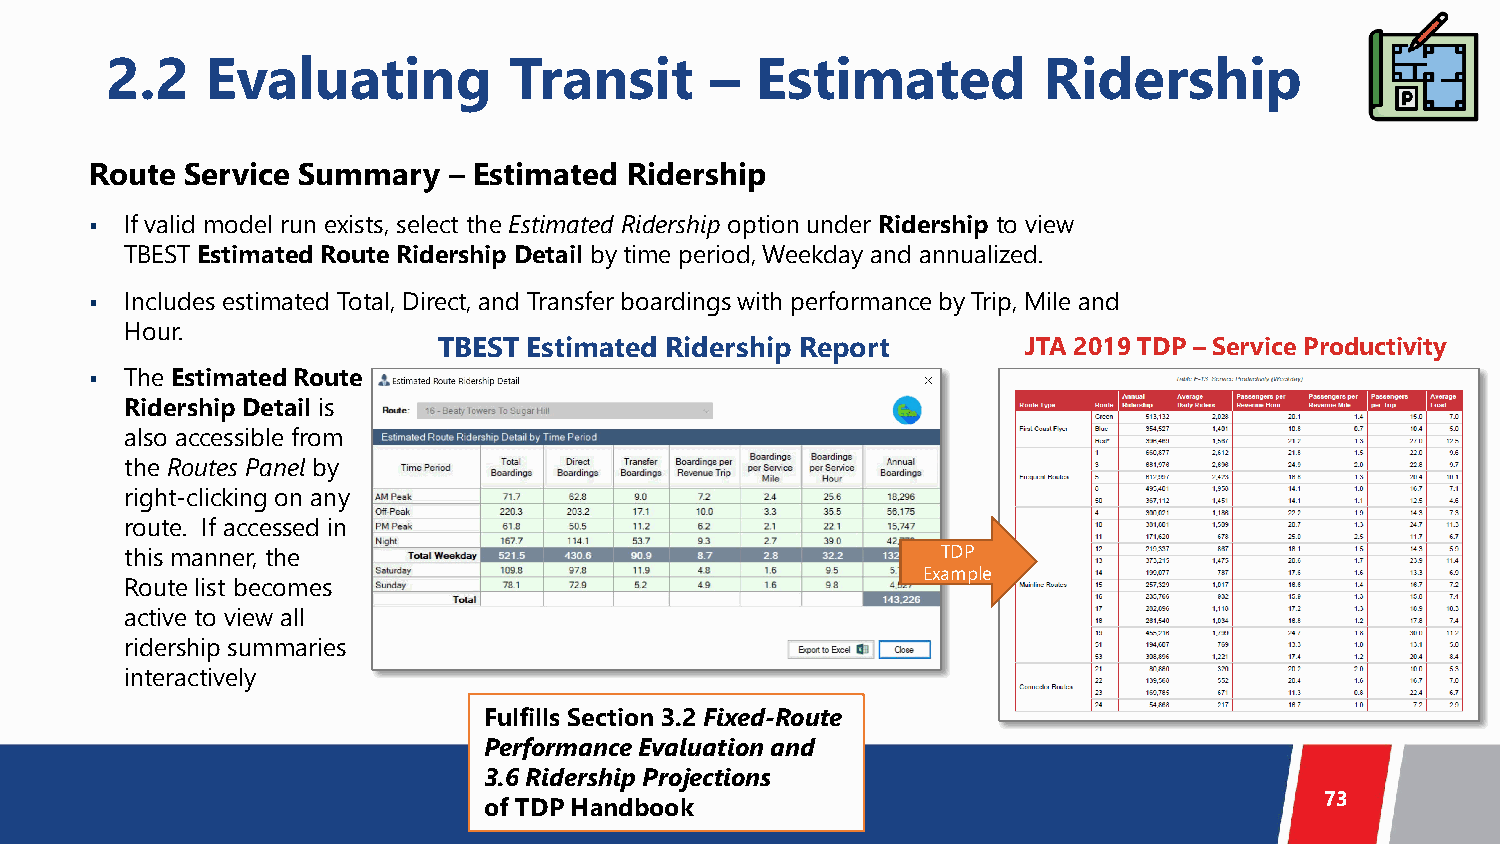
2.2    Evaluating          Transit      –  Estimated          Ridership
 Route Service Summary   – Estimated Ridership
  If valid model run exists, select the Estimated Ridership option under Ridership to view
 TBEST Estimated Route Ridership Detail by time period, Weekday and annualized.
  Includes estimated Total, Direct, and Transfer boardings with performance by Trip, Mile and
 Hour.
 TBEST Estimated Ridership Report       JTA 2019 TDP – Service Productivity
  The Estimated Route
 Ridership Detail is
 also accessible from
 the Routes Panel by
 right-clicking on any
 route. If accessed in
 this manner, the                                      TDP
 Example
 Route list becomes
 active to view all
 ridership summaries
 interactively
 Fulfills Section 3.2 Fixed-Route
 Performance Evaluation and
 3.6 Ridership Projections
 73
 of TDP Handbook